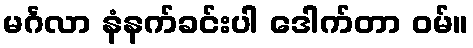
မင်္ဂလာ နံနက်ခင်းပါ ဒေါက်တာ ဝမ်။